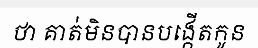
ថា គាត់មិនបានបង្កើតកូន